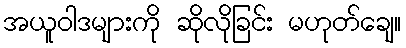
အယူဝါဒများကို ဆိုလိုခြင်း မဟုတ်ချေ။